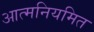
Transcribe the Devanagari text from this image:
आत्मनियमित